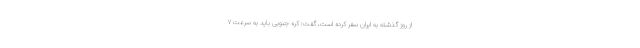
از روز گذشته به ایران سفر کرده است، گفت: کره جنوبی باید به سرعت ۷